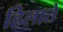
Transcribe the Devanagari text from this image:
हिलाते